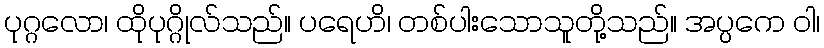
ပုဂ္ဂလော၊ ထိုပုဂ္ဂိုလ်သည်။ ပရေဟိ၊ တစ်ပါးသောသူတို့သည်။ အပ္ပကေ ဝါ၊